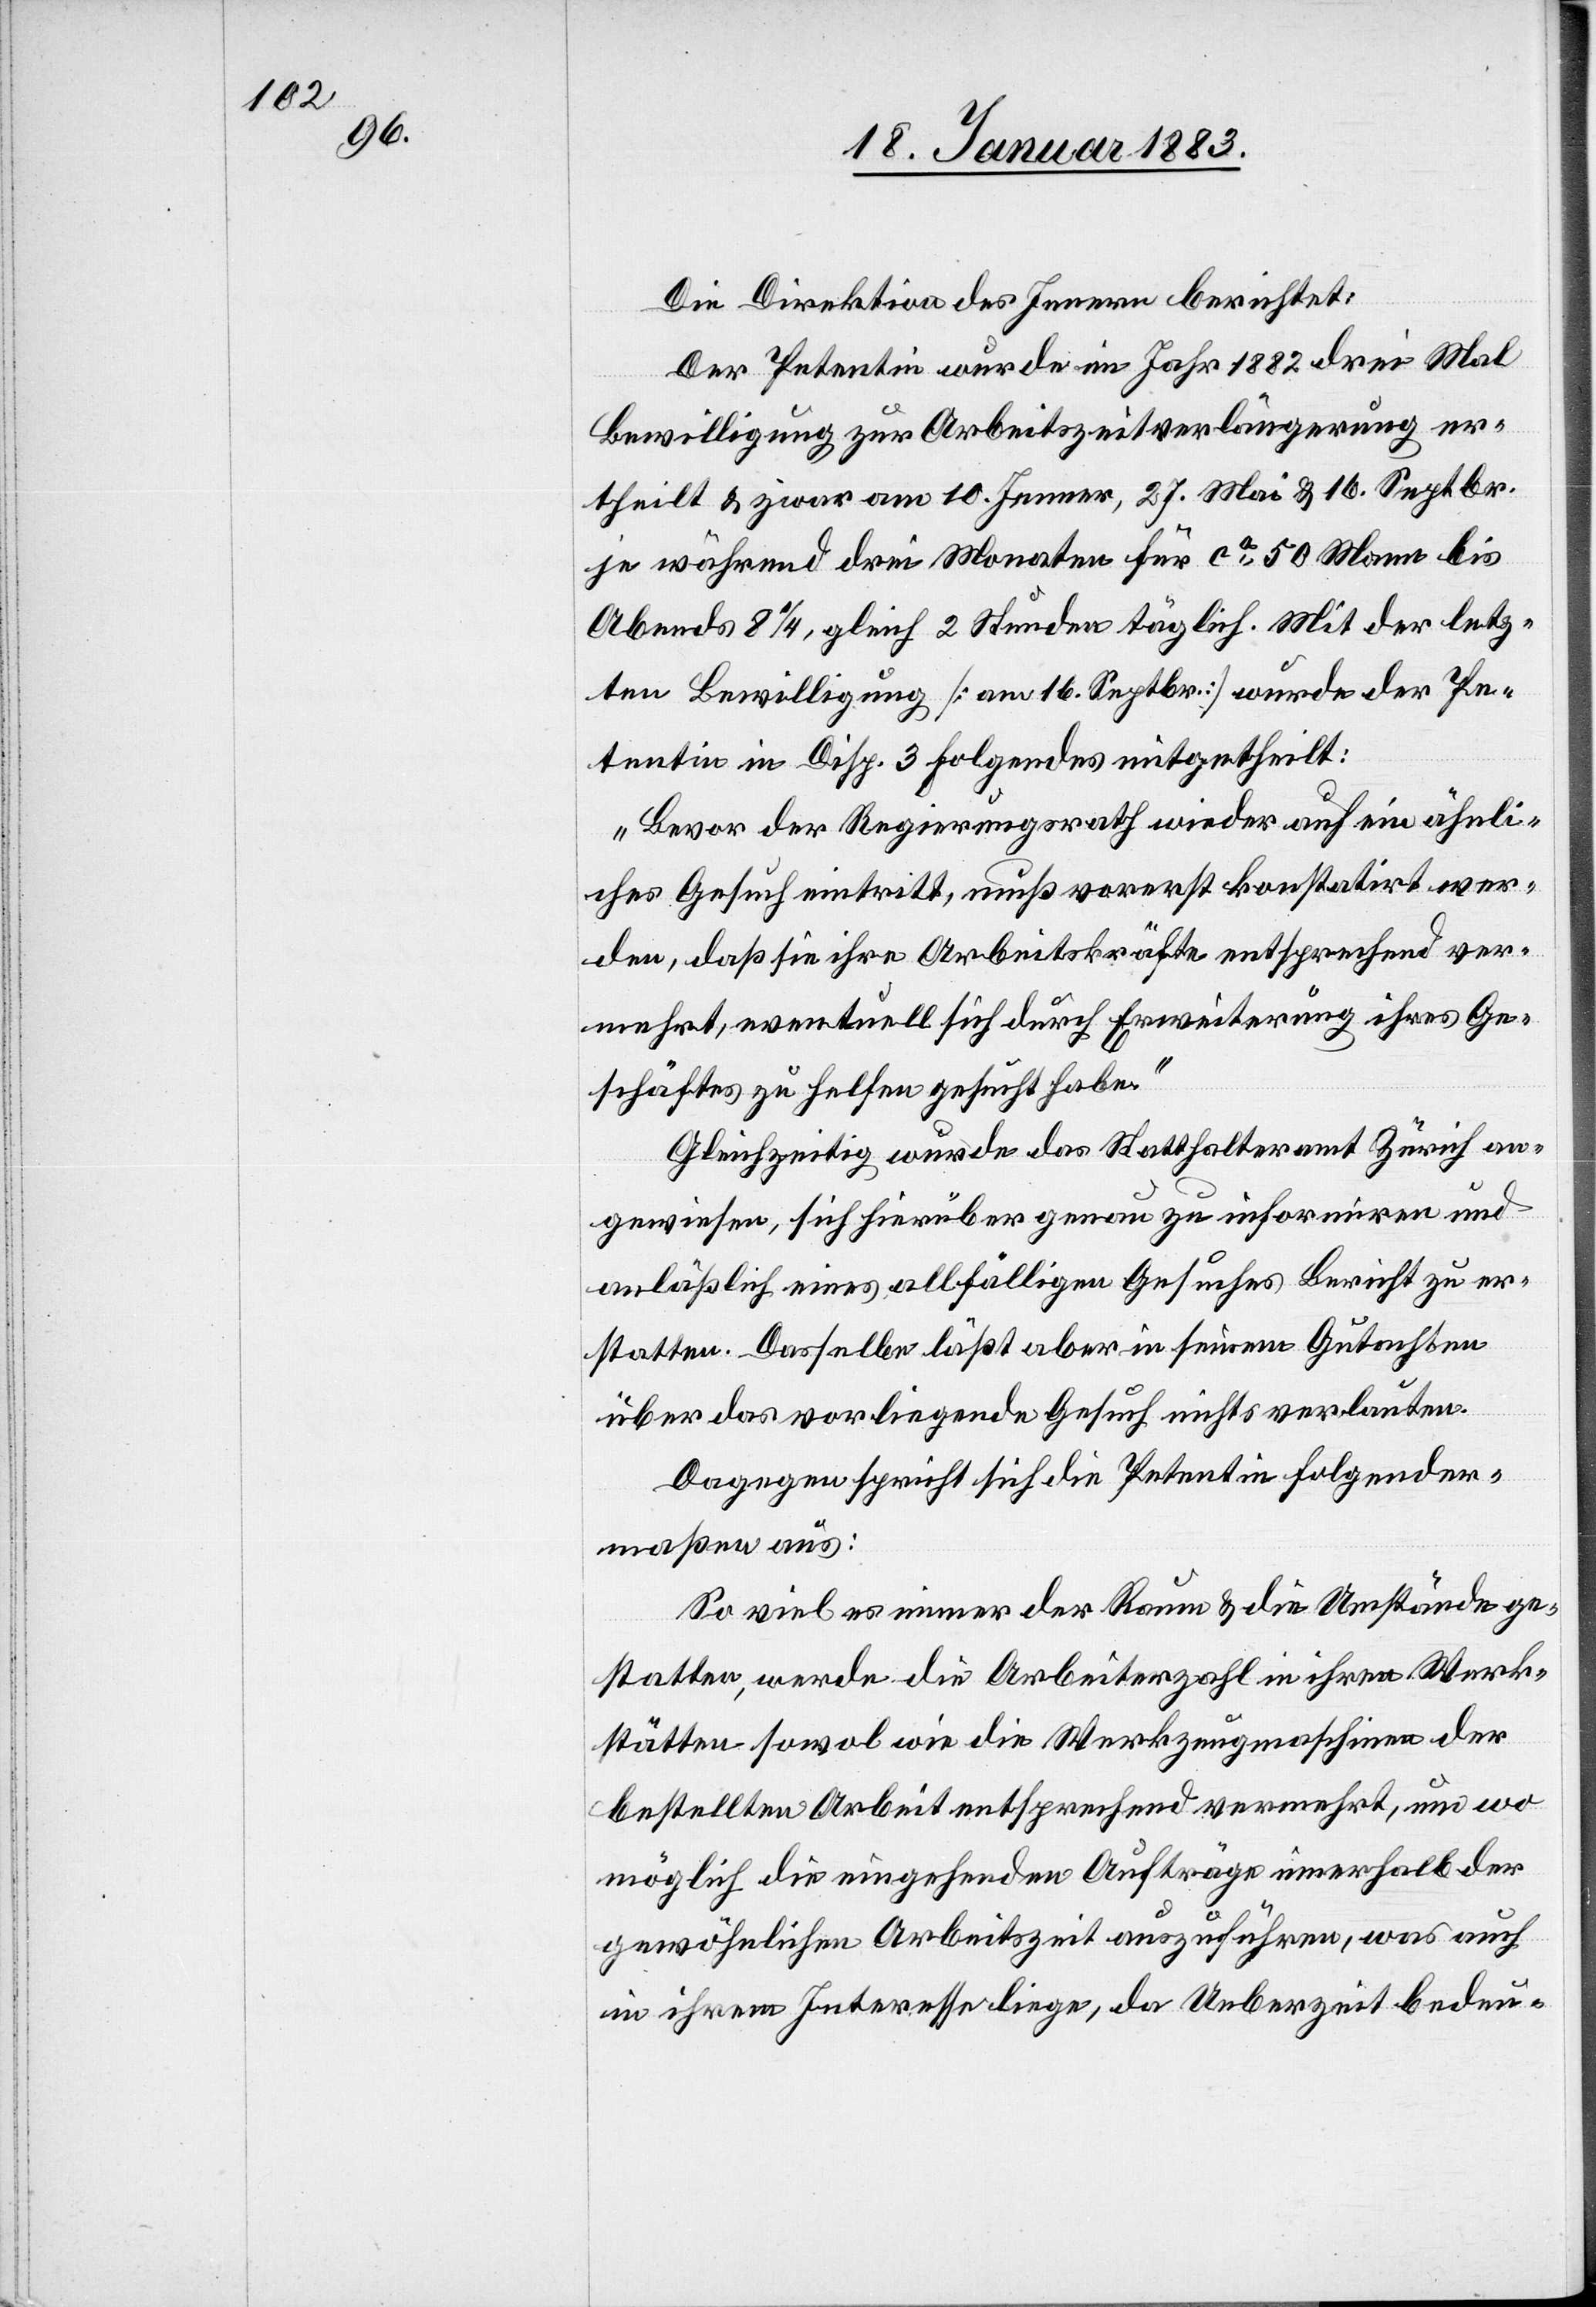
Die Direktion des Innern berichtet:
Der Petentin wurde im Jahr 1882 drei Mal
Bewilligung zur Arbeitszeitverlängerung er¬
theilt & zwar am 10. Jenner, 27. Mai & 16. Septbr.
je während drei Monaten für ca 50 Mann bis
Abends 8 1/4, gleich 2 Stunden täglich. Mit der letz¬
ten Bewilligung [am 16. Septbr.] wurde der Pe¬
tentin in Disp. 3 Folgendes mitgetheilt:
„Bevor der Regierungsrath wieder auf ein ähnli¬
ches Gesuch eintritt, muß vorerst konstatirt wer¬
den, daß sie ihre Arbeitskräfte entsprechend ver¬
mehrt, eventuell sich durch Erweiterung ihres Ge¬
schäftes zu helfen gesucht habe.“
Gleichzeitig wurde das Statthalteramt Zürich an¬
gewiesen, sich hierüber genau zu informiren und
anläßlich eines allfälligen Gesuches Bericht zu er¬
statten. Dasselbe läßt aber in seinem Gutachten
über das vorliegende Gesuch nichts verlauten.
Dagegen spricht sich die Petentin folgender¬
maßen aus:
So viel es immer der Raum & die Umstände ge¬
statten, werde die Arbeiterzahl in ihren Werk¬
stätten sowol wie die Werkzeugmaschinen der
bestellten Arbeit entsprechend vermehrt, und wo
möglich die eingehenden Aufträge innerhalb der
gewöhnlichen Arbeitszeit auszuführen, was auch
in ihrem Interesse liege, da Ueberzeit bedeu-